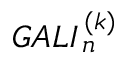
G A L I _ { \, n } ^ { \, ( k ) }